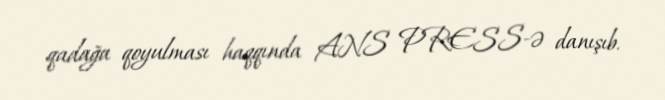
qadağa qoyulması haqqında ANS PRESS-ə danışıb.